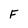
Character: F